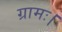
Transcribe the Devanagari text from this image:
ग्रामः।